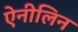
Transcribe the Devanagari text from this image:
ऐनीलिन